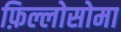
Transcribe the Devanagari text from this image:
फ़िल्लोसोमा